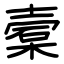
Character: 槖